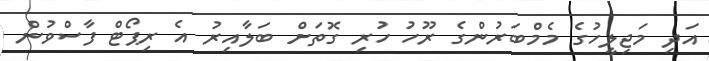
އަދި މަޖިލީހުގެ މެމްބަރުންގެ ރޫހު ހުރި ގޮތަށް ބަލާއިރު އެ ރިޕޯޓް ފާސްވުން